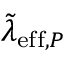
\tilde { \lambda } _ { \mathrm { e f f } , P }